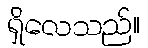
ရှိလေသည်။